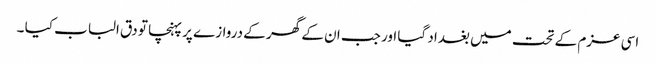
اسی عزم کے تحت میں بغداد گیا اور جب ان کے گھر کے دروازے پر پہنچا تو دق الباب کیا ۔